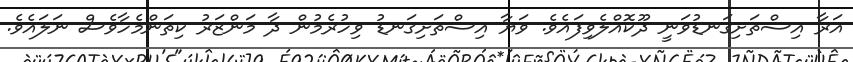
އަރާ އިސްތަށިގަނޑުވަނީ ދޫކޮއްލެވިފައެވެ. ވަޔާ އިސްތަށިގަނޑު ވިހުރެމުން ދާ މަންޒަރު ކިތަންމެހާވެސް ނަލައެވެ.